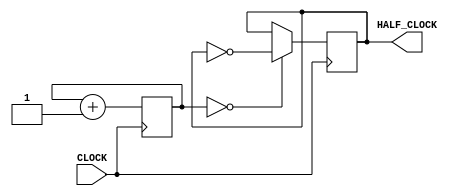
module half_clock(
    input CLOCK,
    output reg HALF_CLOCK
    );
    
    reg [2:0] COUNT = 1'b0000;
    //reg HALF_CLOCK;
	 
	 initial 
		HALF_CLOCK = 0;
    
    always @ (posedge CLOCK) begin
        COUNT <= COUNT + 1;
        HALF_CLOCK <= (COUNT == 26'b0000) ? ~HALF_CLOCK : HALF_CLOCK;
    end
endmodule